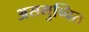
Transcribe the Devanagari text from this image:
असमुच्चित